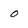
Character: o